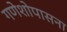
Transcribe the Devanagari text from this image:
गणेशोपासना